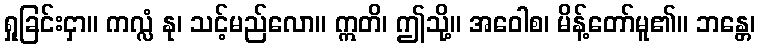
ရှုခြင်းငှာ။ ကလ္လံ နု၊ သင့်မည်လော။ ဣတိ၊ ဤသို့။ အဝေါစ၊ မိန့်တော်မူ၏။ ဘန္တေ၊